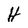
Character: H